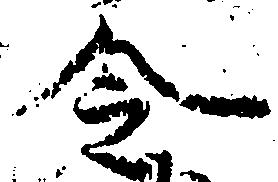
令